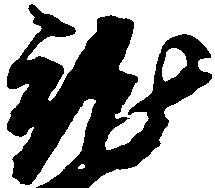
就